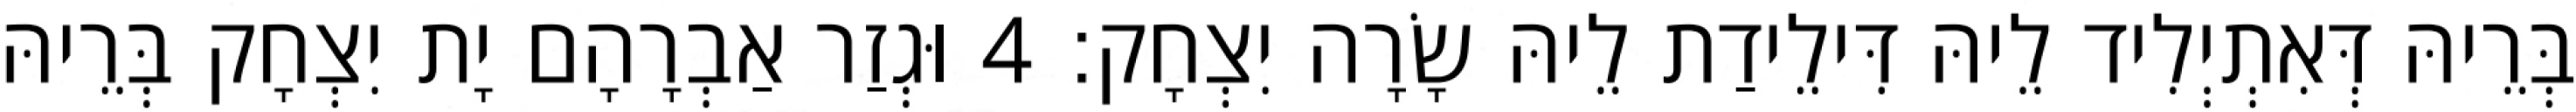
בְּרֵיהּ דְּאִתְיְלִיד לֵיהּ דִּילֵידַת לֵיהּ שָׂרָה יִצְחָק׃ 4 וּגְזַר אַבְרָהָם יָת יִצְחָק בְּרֵיהּ